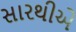
સારથીએ